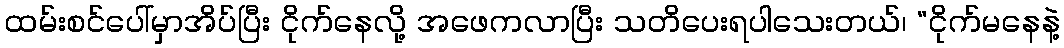
ထမ်းစင်ပေါ်မှာအိပ်ပြီး ငိုက်နေလို့ အဖေကလာပြီး သတိပေးရပါသေးတယ်၊ “ငိုက်မနေနဲ့